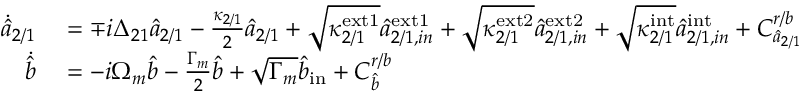
\begin{array} { r l } { \Dot { \hat { a } } _ { 2 / 1 } } & { { } = \mp i \Delta _ { 2 1 } \hat { a } _ { 2 / 1 } - \frac { \kappa _ { 2 / 1 } } { 2 } \hat { a } _ { 2 / 1 } + \sqrt { \kappa _ { 2 / 1 } ^ { \mathrm { e x t 1 } } } \hat { a } _ { 2 / 1 , i n } ^ { \mathrm { e x t 1 } } + \sqrt { \kappa _ { 2 / 1 } ^ { \mathrm { e x t 2 } } } \hat { a } _ { 2 / 1 , i n } ^ { \mathrm { e x t 2 } } + \sqrt { \kappa _ { 2 / 1 } ^ { \mathrm { i n t } } } \hat { a } _ { 2 / 1 , i n } ^ { \mathrm { i n t } } + C _ { \hat { a } _ { 2 / 1 } } ^ { r / b } } \\ { \Dot { \hat { b } } } & { { } = - i \Omega _ { m } \hat { b } - \frac { \Gamma _ { m } } { 2 } \hat { b } + \sqrt { \Gamma _ { m } } \hat { b } _ { \mathrm { i n } } + C _ { \hat { b } } ^ { r / b } } \end{array}